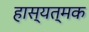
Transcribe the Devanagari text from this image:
हास्यत्मक